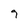
Character: 9